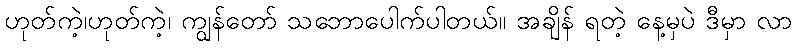
ဟုတ်ကဲ့၊ဟုတ်ကဲ့၊ ကျွန်တော် သဘောပေါက်ပါတယ်။ အချိန် ရတဲ့ နေ့မှပဲ ဒီမှာ လာ